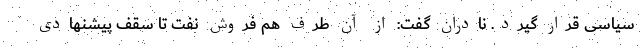
سیاسی قرار گیرد. نادران گفت: از آن طرف هم فروش نفت تا سقف پیشنهادی